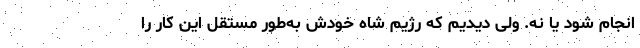
انجام شود یا نه. ولی دیدیم که رژیم شاه خودش به‌طور مستقل این کار را